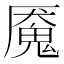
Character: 魇